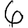
Digit: 6